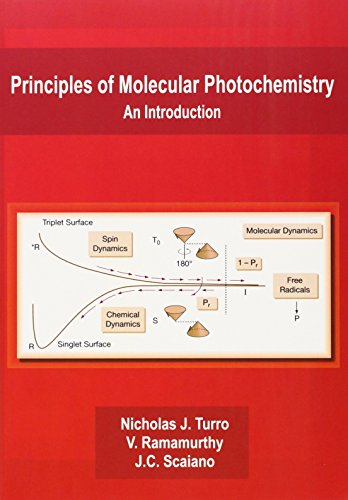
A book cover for Principles of Molecular Photochemistry: An Introduction; Nicholas J. Turro; Science & Math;